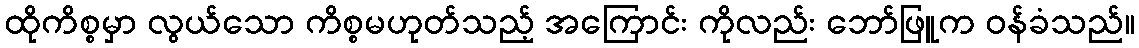
ထိုကိစ္စမှာ လွယ်သော ကိစ္စမဟုတ်သည့် အကြောင်း ကိုလည်း ဘော်ဖြူက ဝန်ခံသည်။